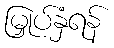
မြှုပ်နှံရန်